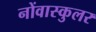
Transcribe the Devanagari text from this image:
नोंवास्कुलर